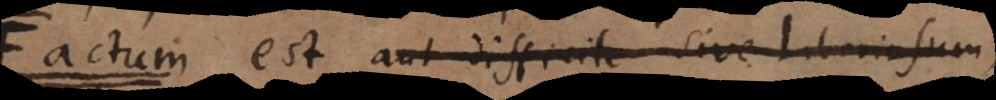
F est aut difficile sive laboriosum